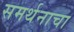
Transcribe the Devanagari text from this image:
समर्थनाचा